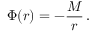
\Phi ( r ) = - \frac { M } { r } \, .